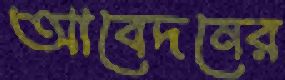
আবেদনের